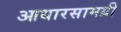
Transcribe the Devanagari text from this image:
आधारसामग्री